Indian journal of veterinary science and animal husbandry - Volume 12,
Year: 1942
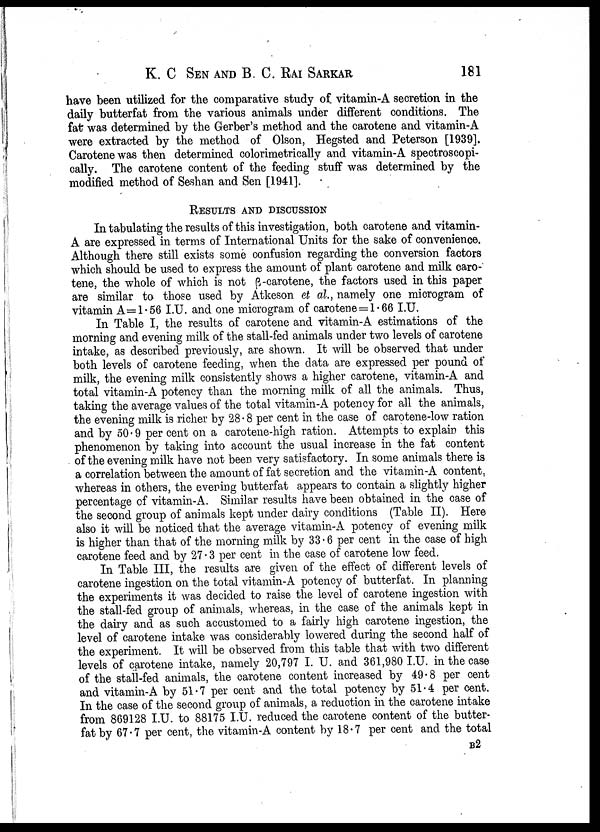
K. C SEN AND B. C. RAI SARKAR 181
have been utilized for the comparative study of vitamin-A secretion in the
daily butterfat from the various animals under different conditions. The
fat was determined by the Gerber's method and the carotene and vitamin-A
were extracted by the method of Olson, Hegsted and Peterson [1939].
Carotene was then determined colorimetrically and vitamin-A spectroscopi-
cally. The carotene content of the feeding stuff was determined by the
modified method of Seshan and Sen [1941].
RESULTS AND DISCUSSION
In tabulating the results of this investigation, both carotene and vitamin-
A are expressed in terms of International Units for the sake of convenience.
Although there still exists some confusion regarding the conversion factors
which should be used to express the amount of plant carotene and milk caro-
tene, the whole of which is not ß -carotene, the factors used in this paper
are similar to those used by Atkeson et al., namely one microgram of
vitamin A=1.56 I.U. and one microgram of carotene = 1.66 I.U.
In Table I, the results of carotene and vitamin-A estimations of the
morning and evening milk of the stall-fed animals under two levels of carotene
intake, as described previously, are shown. It will be observed that under
both levels of carotene feeding, when the data are expressed per pound of
milk, the evening milk consistently shows a higher carotene, vitamin-A and
total vitamin-A potency than the morning milk of all the animals. Thus,
taking the average values of the total vitamin-A potency for all the animals,
the evening milk is richer by 28 . 8 per cent in the case of carotene-low ration
and by 50. 9 per cent on a carotene-high ration. Attempts to explain this
phenomenon by taking into account the usual increase in the fat content
of the evening milk have not been very satisfactory. In some animals there is
a correlation between the amount of fat secretion and the vitamin-A content.
whereas in others, the evening butterfat appears to contain a slightly higher
percentage of vitamin-A. Similar results have been obtained in the case of
the second group of animals kept under dairy conditions (Table II). Here
also it will be noticed that the average vitamin-A potency of evening milk
is higher than that of the morning milk by 33.6 per cent in the case of high
carotene feed and by 27.3 per cent in the case of carotene low feed.
In Table III, the results are given of the effect of different levels of
carotene ingestion on the total vitamin-A potency of butterfat. In planning
the experiments it was decided to raise the level of carotene ingestion with
the stall-fed group of animals, whereas, in the case of the animals kept in
the dairy and as such accustomed to a fairly high carotene ingestion, the
level of carotene intake was considerably lowered during the second half of
the experiment. It will be observed from this table that with two different
levels of carotene intake, namely 20,797 I. U. and 361,980 I.U. in the case
of the stall-fed animals, the carotene content increased by 49.8 per cent
and vitamin-A by 51.7 per cent and the total potency by 51.4 per cent.
In the case of the second group of animals, a reduction in the carotene intake
from 869128 I.U. to 88175 I.U. reduced the carotene content of the butter-
fat by 67.7 per cent, the vitamin-A content by 18.7 per cent and the total
B 2